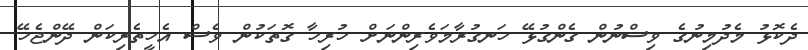
ދެކޮޅު މެދުމިނުގެ ވިސްނުން ގެންގުޅޭ ހަނގުރާމަވެރިންނަށް ހުރިހާ ގޮތަކުން ވެސް އެހީތެރިކަން ދޭންޖެހޭ